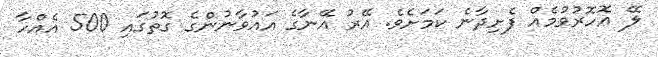
ލޭ އޮހޮރުވުމެއް ފެށިދާނެ ކަމަށެވެ. އޭރު އޭނާގެ އައުވާނުންގެ ގޮތުގައި 500 އެއްހާ